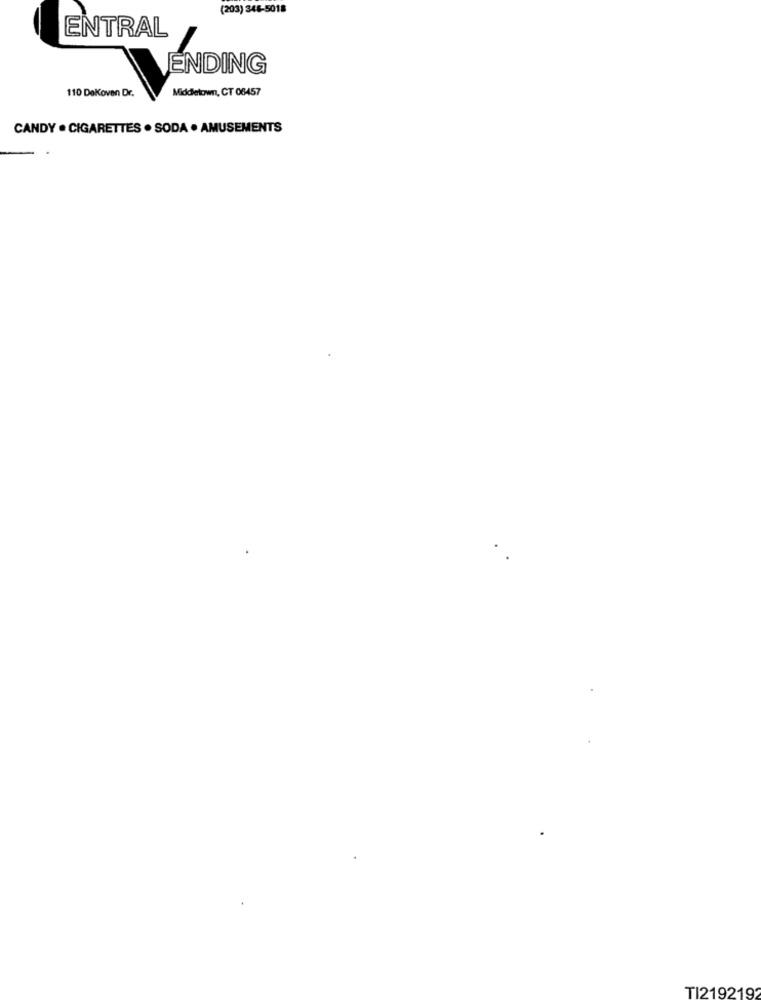
(203) 345-5018
ENTRAL
ENDING
110 Dekoven Dr.
Middletown, CT 06457
CANDY . CIGARETTES . SODA . AMUSEMENTS
TI219219